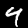
Digit: 4